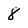
Character: 8